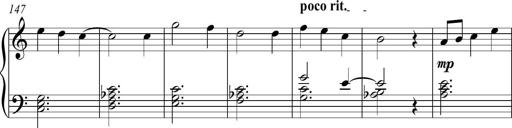
Title: Piano Sonatina in C
Composer: Daniel LÃ©o Simpson
Key: C major